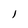
Character: l